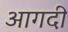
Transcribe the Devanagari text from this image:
आगदी